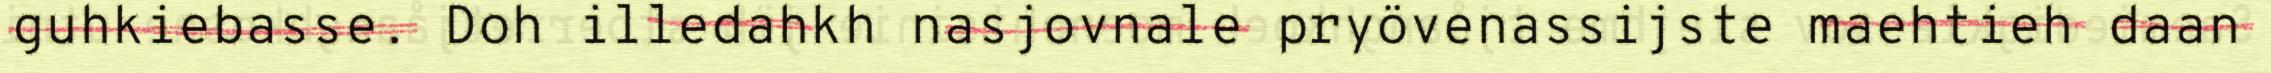
guhkiebasse. Doh illedahkh nasjovnale pryövenassijste maehtieh daan